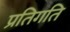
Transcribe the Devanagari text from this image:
प्रतिगति